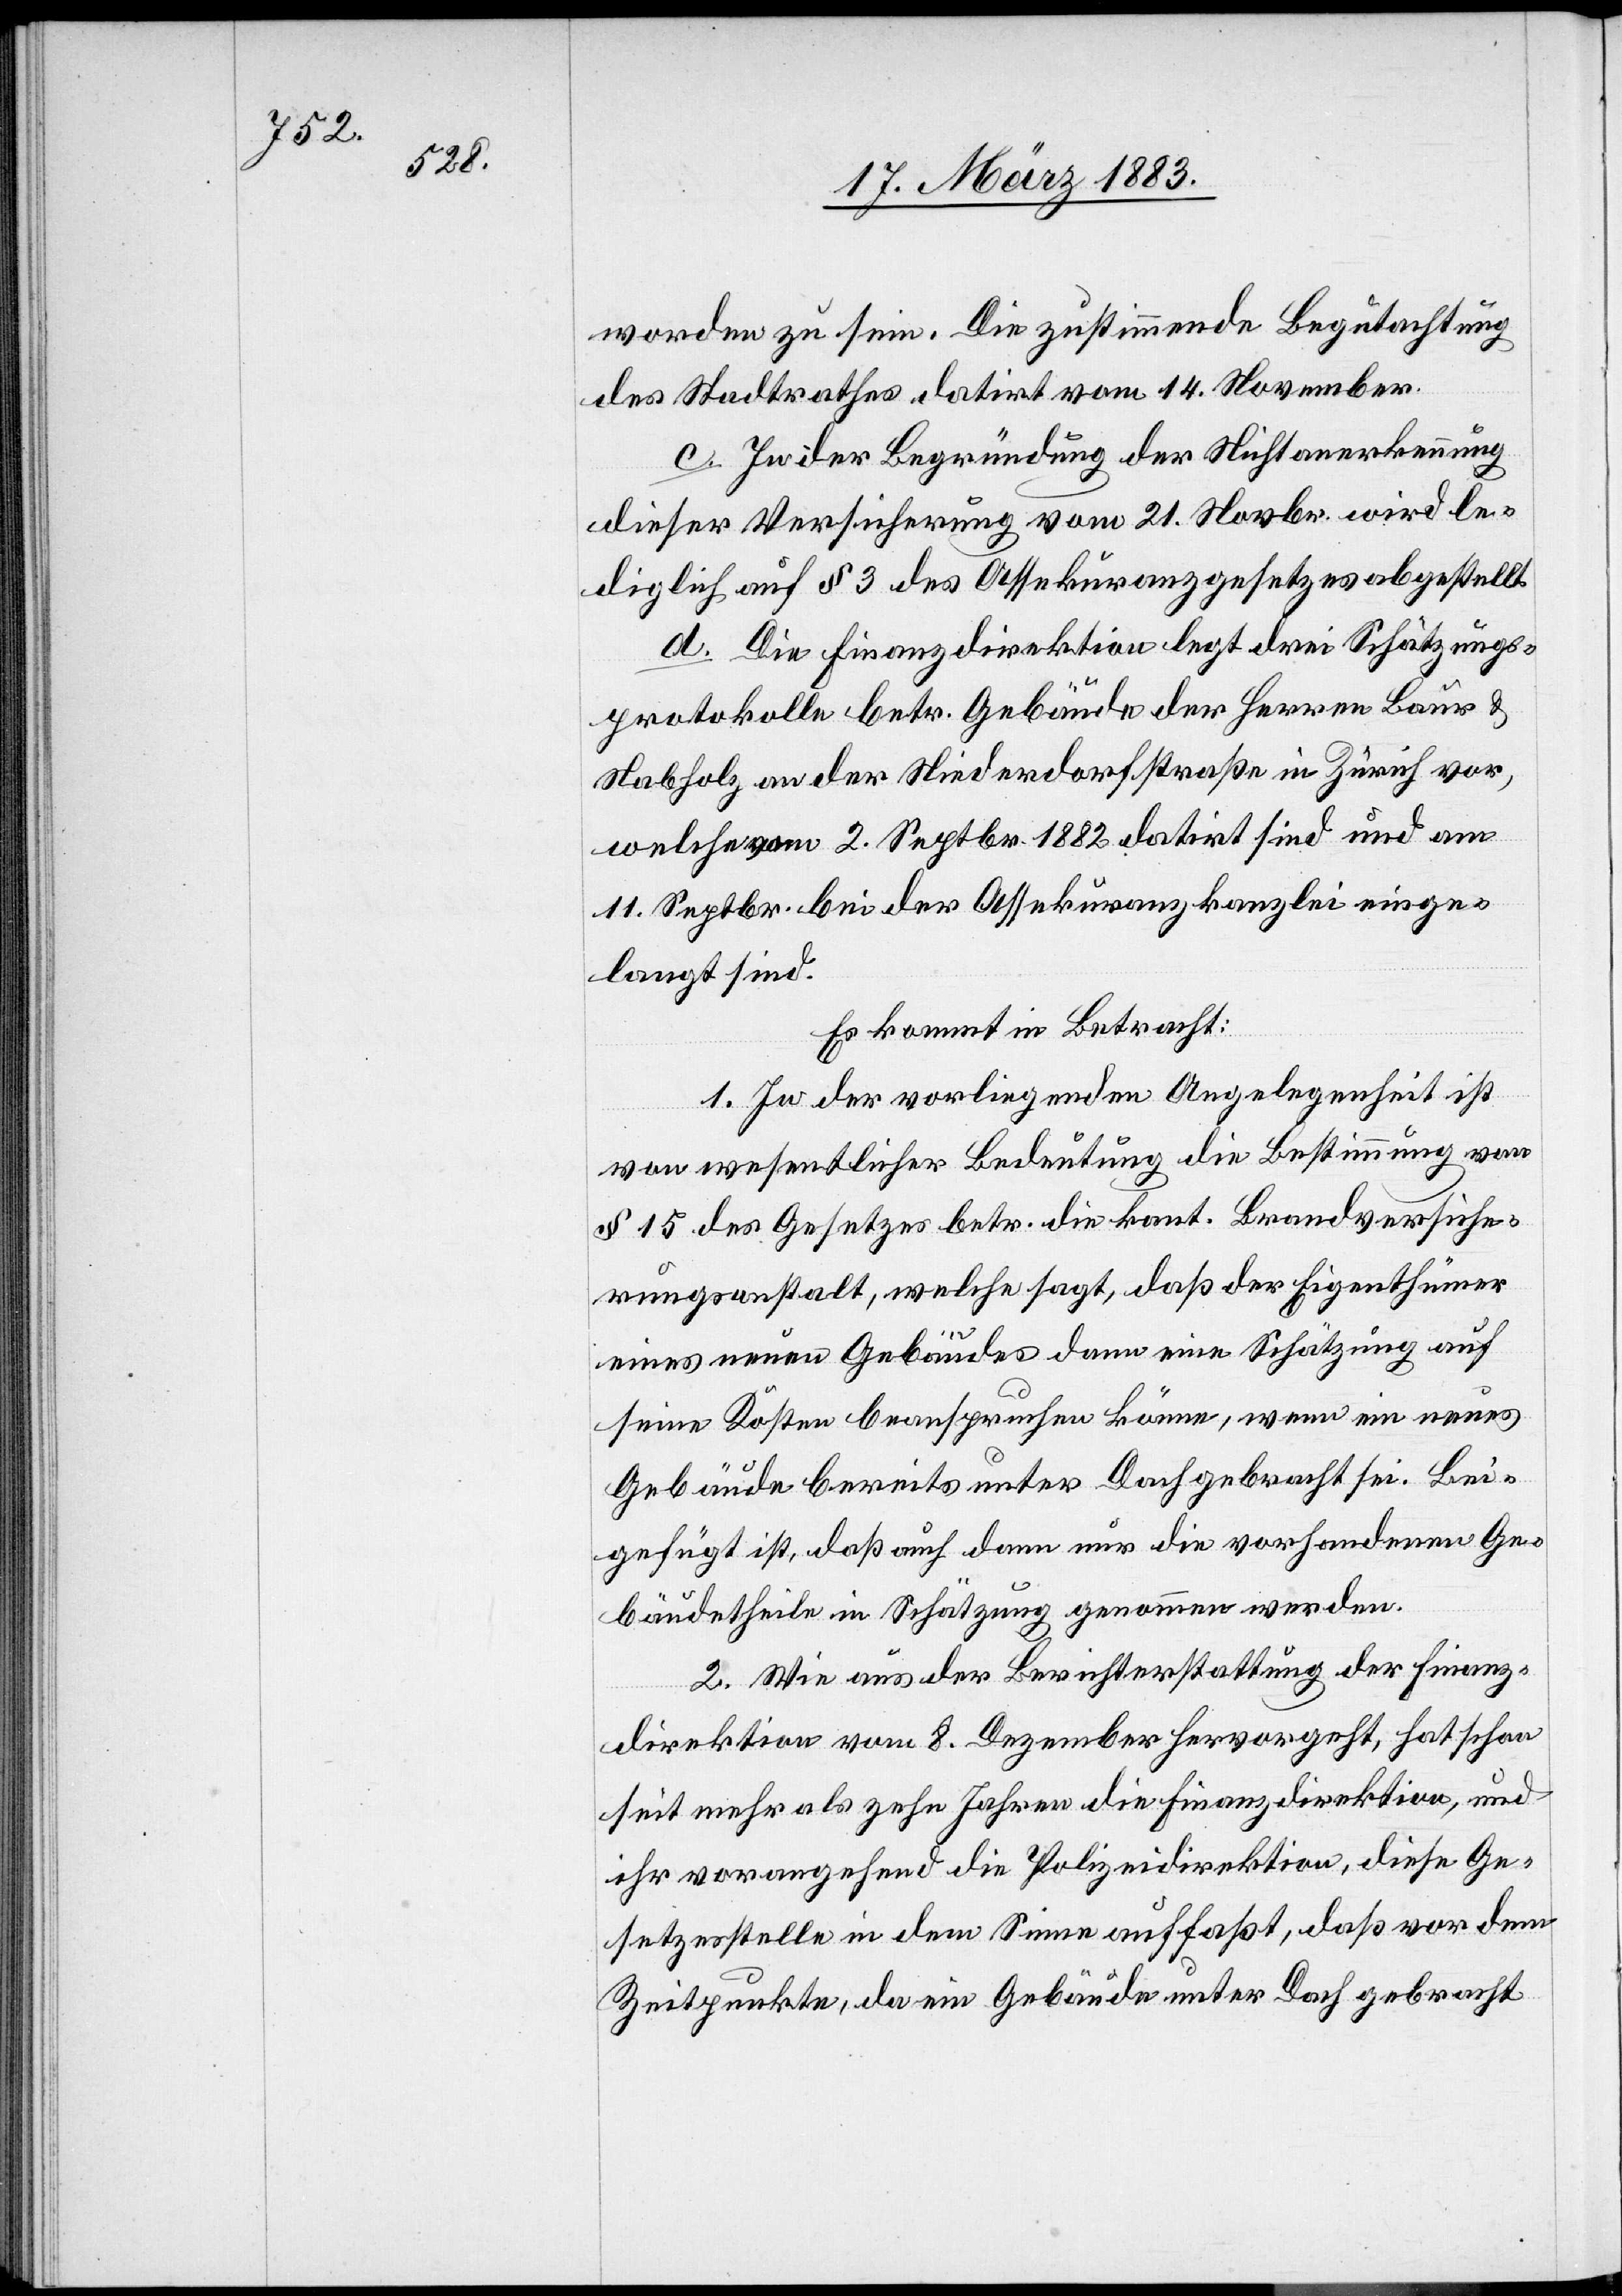
worden zu sein. Die zustimmende Begutachtung
des Stadtrathes datirt vom 14. November.
c. In der Begründung der Nichtanerkennung
dieser Versicherung vom 21. Novbr. wird le¬
diglich auf § 3 des Assekuranzgesetzes abgestellt.
d. Die Finanzdirektion legt drei Schätzungs¬
protokolle betr. Gebäude der Herren Baur &
Nabholz an der Niederdorfstraße in Zürich vor,
welche vom 2. Septbr. 1882 datirt sind und am
11. Septbr. bei der Assekuranzkanzlei einge¬
langt sind.
Es kommt in Betracht
1. In der vorliegenden Angelegenheit ist
von wesentlicher Bedeutung die Bestimmung von
§ 15 des Gesetzes betr. die kant. Brandversiche¬
rungsanstalt, welche sagt, daß der Eigenthümer
eines neuen Gebäudes dann eine Schätzung auf
eigene Kosten beanspruchen könne, wenn ein neues
Gebäude bereits unter Dach gebracht sei. Bei¬
gefügt ist, daß auch dann nur die vorhandenen Ge¬
bäudetheile in Schätzung genommen werden.
2. Wie aus der Berichterstattung der Finanz¬
direktion vom 8. Dezemebr hervorgeht, hat schon
seit mehr als zehn Jahren die Finanzdirektion, und
ihr vorangehend die Polizeidirektion, diese Ge¬
setzesstelle in dem Sinne auf[ge]faßt, daß vor dem
Zeitpunkte, da ein Gebäude unter Dach gebracht